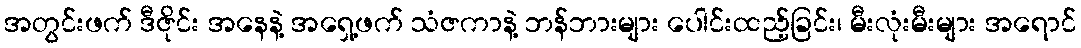
အတွင်းဖက် ဒီဇိုင်း အနေနဲ့ အရှေ့ဖက် သံဇကာနဲ့ ဘန်ဘားများ ပေါင်းထည့်ခြင်း၊ မီးလုံးမီးများ အရောင်